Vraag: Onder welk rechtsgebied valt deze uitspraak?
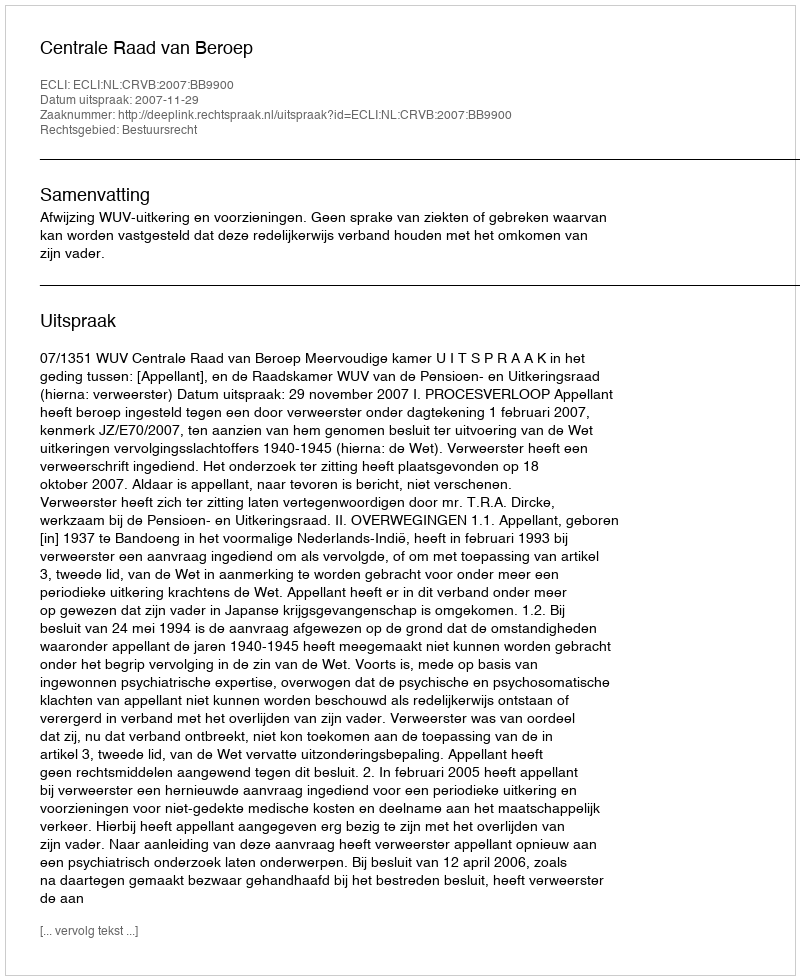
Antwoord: Bestuursrecht